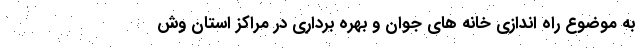
به موضوع راه اندازی خانه های جوان و بهره برداری در مراکز استان وش